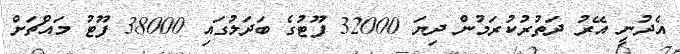
އެދުނީ އޭރު ދަތުރުކުރަމުން ދިޔަ 32000 ފޫޓުގެ ބަދަލުގައި 38000 ފޫޓު މައްޗަށް